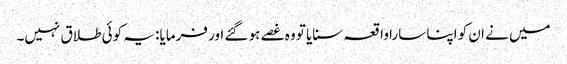
میں نے ان کو اپنا سارا واقعہ سنایا تو وہ غصے ہو گئے اور فرمایا: یہ کوئی طلاق نہیں۔